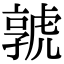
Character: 𡦨